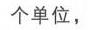
个单位，